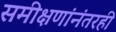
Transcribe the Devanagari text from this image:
समीक्षणांनंतरही